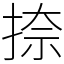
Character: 捺